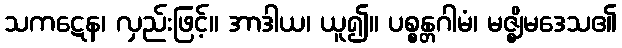
သကဋေန၊ လှည်းဖြင့်။ အာဒါယ၊ ယူ၍။ ပစ္စန္တဂါမံ၊ မဇ္ဈိမဒေသ၏